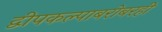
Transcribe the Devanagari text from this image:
द्वीपकल्पाबरोबरही